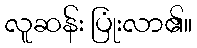
လူဆန်း ပြုံးလာ၏။